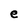
Character: e